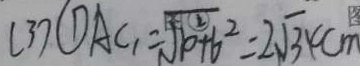
( 3 ) \textcircled { 1 } A C _ { 1 } = \sqrt { 1 0 ^ { 2 } + 6 ^ { 2 } } = 2 \sqrt { 3 4 } c m